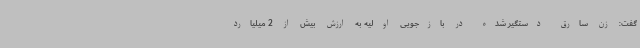
گفت: زن سارق دستگیر شده در بازجویی اولیه به ارزش بیش از 2 میلیارد